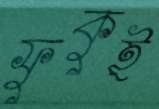
ফুকুই